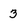
Character: 3